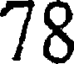
78